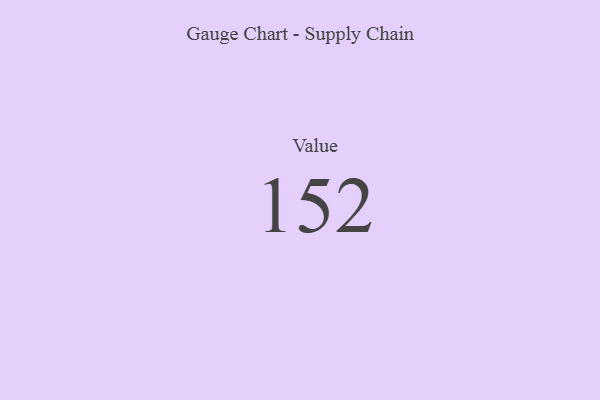
{"axis": {"x": "Metric", "y": "Value"}, "legend": [""], "data": [{"x": "Value", "y": 152, "type": ""}]}